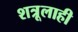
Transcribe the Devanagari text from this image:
शत्रूलाही